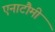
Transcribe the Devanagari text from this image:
एनाटौमी